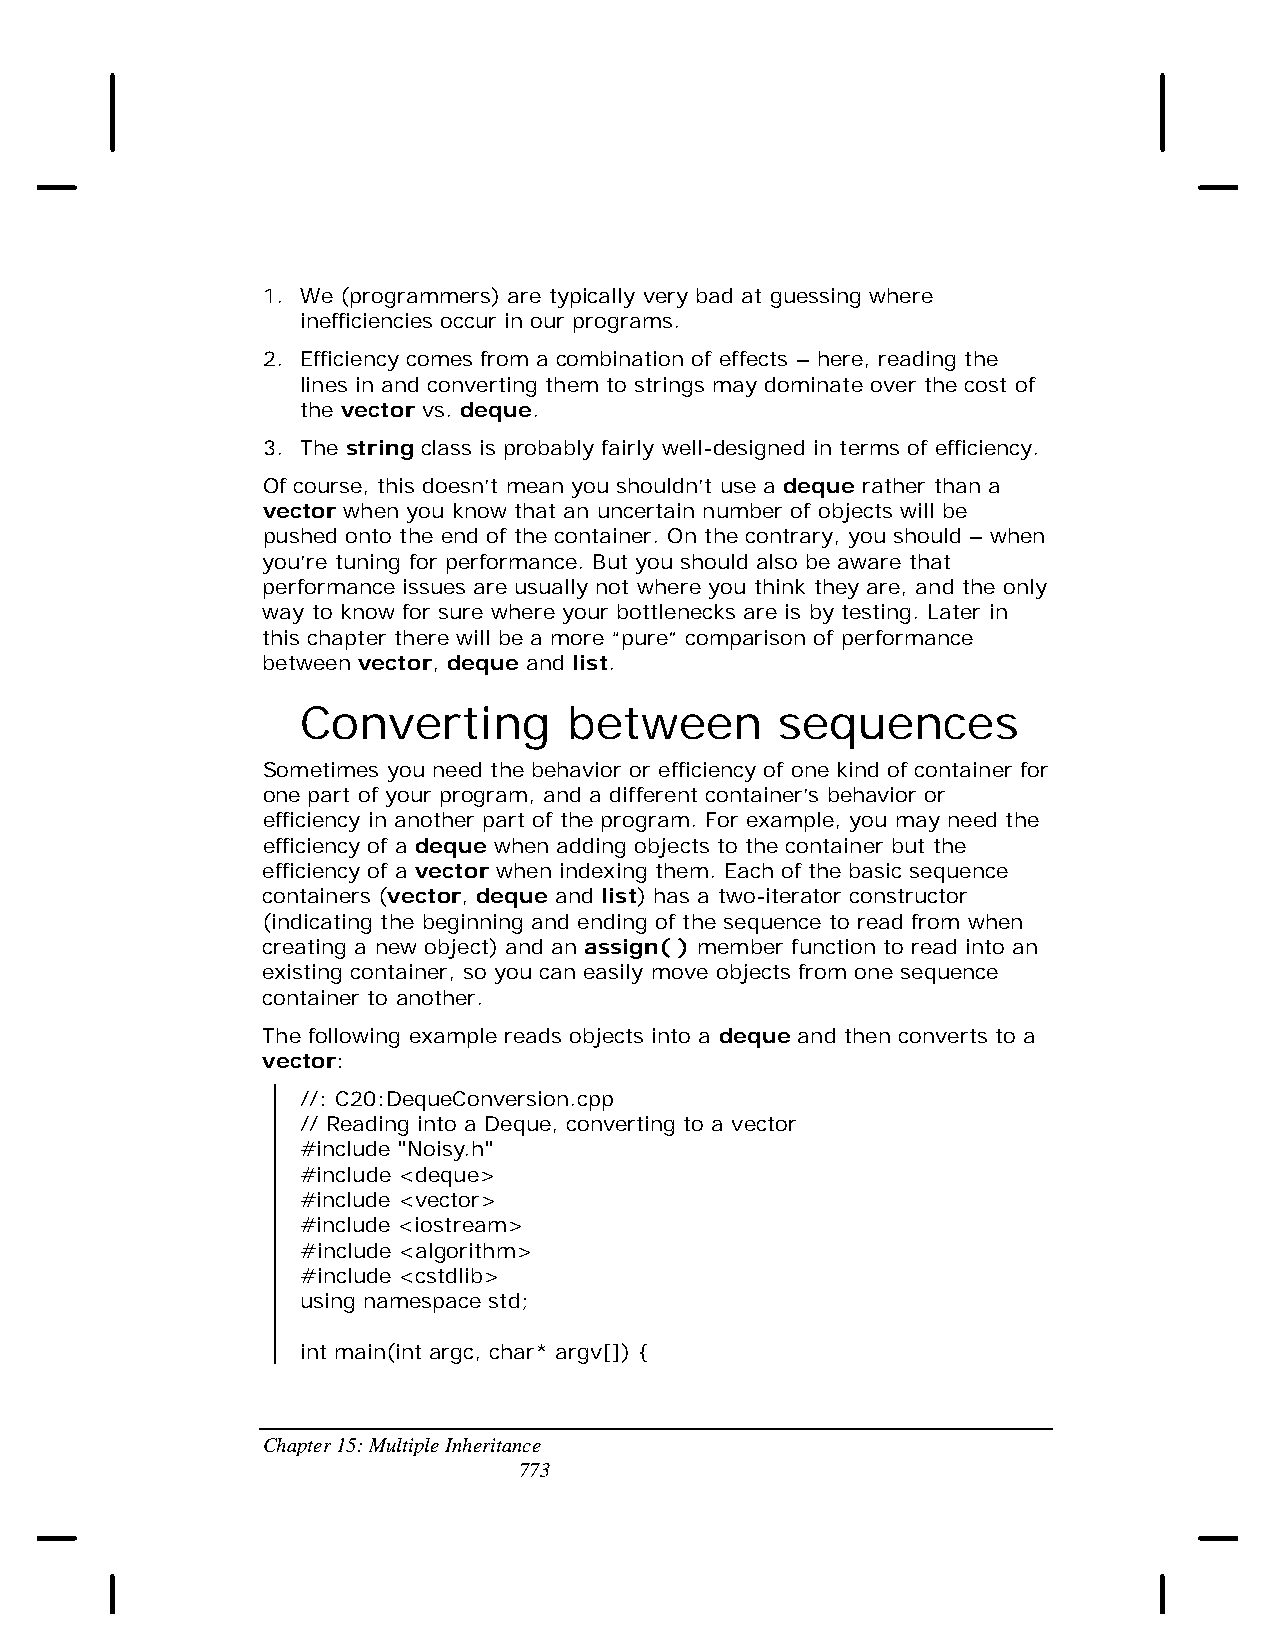
1. We (programmers) are typically very bad at guessing where
 inefficiencies occur in our programs.
 2. Efficiency comes from a combination of effects – here, reading the
 lines in and converting them to strings may dominate over the cost of
 the vector vs. deque.
 3. The string class is probably fairly well-designed in terms of efficiency.
 Of course, this doesn’t mean you shouldn’t use a deque rather than a
 vector when you know that an uncertain number of objects will be
 pushed onto the end of the container. On the contrary, you should – when
 you’re tuning for performance. But you should also be aware that
 performance issues are usually not where you think they are, and the only
 way to know for sure where your bottlenecks are is by testing. Later in
 this chapter there will be a more “pure” comparison of performance
 between vector, deque and list.
 Converting        between       sequences
 Sometimes you need the behavior or efficiency of one kind of container for
 one part of your program, and a different container’s behavior or
 efficiency in another part of the program. For example, you may need the
 efficiency of a deque when adding objects to the container but the
 efficiency of a vector when indexing them. Each of the basic sequence
 containers (vector, deque and list) has a two-iterator constructor
 (indicating the beginning and ending of the sequence to read from when
 creating a new object) and an assign( ) member function to read into an
 existing container, so you can easily move objects from one sequence
 container to another.
 The following example reads objects into a deque and then converts to a
 vector:
 //: C20:DequeConversion.cpp
 // Reading into a Deque, converting to a vector
 #include "Noisy.h"
 #include <deque>
 #include <vector>
 #include <iostream>
 #include <algorithm>
 #include <cstdlib>
 using namespace std;
 int main(int argc, char* argv[]) {
 Chapter 15: Multiple Inheritance
 773